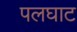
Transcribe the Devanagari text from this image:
पलघाट